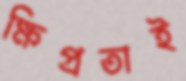
ক্ষিপ্রতাই